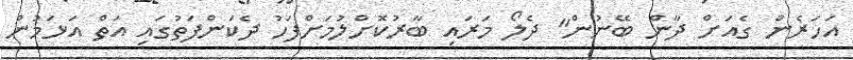
އަހަރެން ގެއަށް ދާން ބޭނުން" ދެލޯ މަރައި ބާރުކޮށްލުމަށްފަހު ދެކަންފަތުގައި އަތް އަޅަމުން